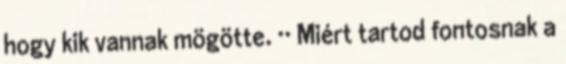
hogy kik vannak mögötte. ·· Miért tartod fontosnak a